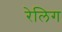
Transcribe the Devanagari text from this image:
रेलिग